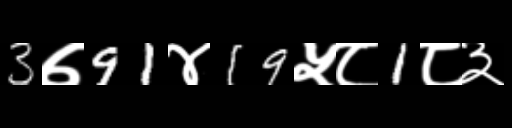
Text: 3७91४19५८1८३